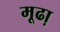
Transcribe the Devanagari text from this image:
मूढा़